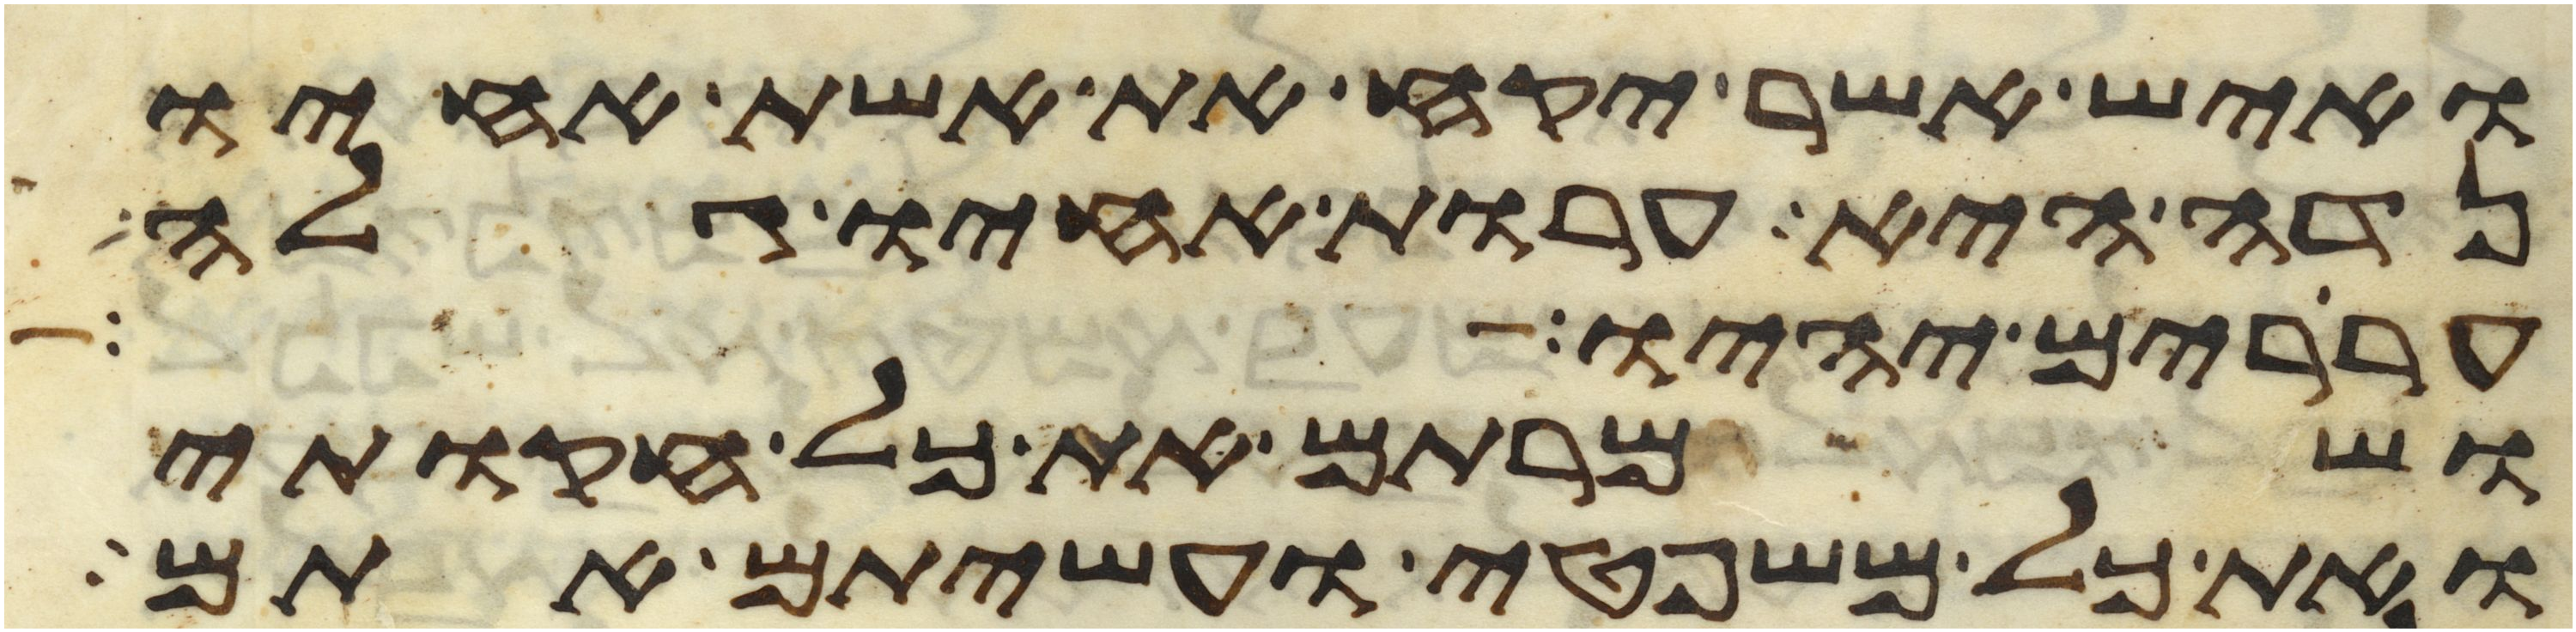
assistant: ואיש אשר יקח את אשת אחיו
נדה היא ערות אחיו גלה
עררים יהיו ושמרתם
ושמרתם את כל חקותי
ואת כל משפטי ועשיתם אתם